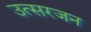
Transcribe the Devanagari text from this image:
उत्सरजन